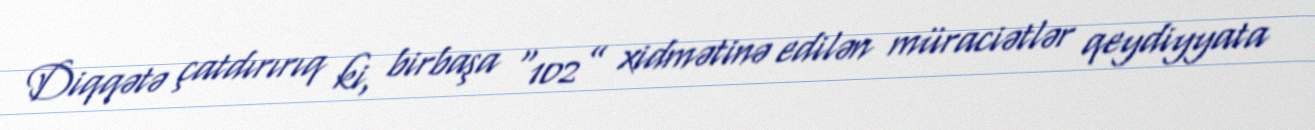
Diqqətə çatdırırıq ki, birbaşa “102” xidmətinə edilən müraciətlər qeydiyyata